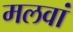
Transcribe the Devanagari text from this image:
मलवां